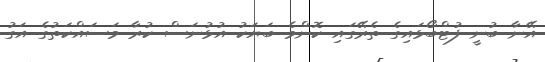
އޭނާ ބުނީ ފުޓްބޯޅައިގެ ތެރޭގައި ކޮންމެ ބަޔަކު އުޅުނަސް ކުރާ މަސައްކަތުގެ އަގު